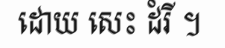
ដោយ សេះ ដំរី ។